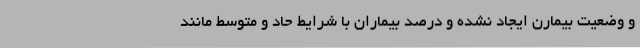
و وضعیت بیمارن ایجاد نشده و درصد بیماران با شرایط حاد و متوسط مانند